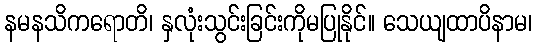
နမနသိကရောတိ၊ နှလုံးသွင်းခြင်းကိုမပြုနိုင်။ သေယျထာပိနာမ၊